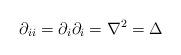
LaTeX: \begin{align*}\partial_{ii}=\partial_{i}\partial_{i}=\nabla^{2}=\Delta\end{align*}